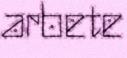
arbete